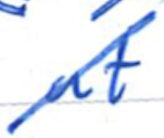
Text: at
Cross-out: diagonal
Writing tool: ballpoint